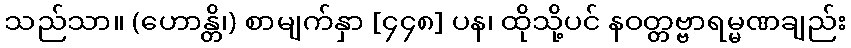
သည်သာ။ (ဟောန္တိ၊) စာမျက်နှာ [၄၄၈] ပန၊ ထိုသို့ပင် နဝတ္တဗ္ဗာရမ္မဏချည်း